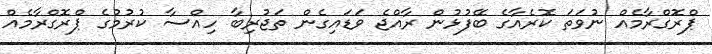
ޕްރޮގްރާމެއް ނުވަތަ ކޮރެއާގެ ބޭފުޅުން ރާއްޖެ ވަޑައިގެން ތަޖުރިބާ ހިއްސާ ކުރުމުގެ ޕްރޮގްރާމެއް